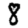
Digit: 8